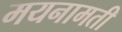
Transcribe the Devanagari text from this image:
मयनामती